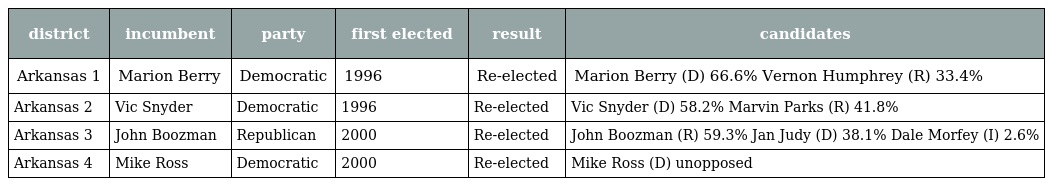
| district | incumbent | party | first elected | result | candidates |
 | --- | --- | --- | --- | --- | --- |
 | Arkansas 1 | Marion Berry | Democratic | 1996 | Re-elected | Marion Berry (D) 66.6% Vernon Humphrey (R) 33.4% |
 | Arkansas 2 | Vic Snyder | Democratic | 1996 | Re-elected | Vic Snyder (D) 58.2% Marvin Parks (R) 41.8% |
 | Arkansas 3 | John Boozman | Republican | 2000 | Re-elected | John Boozman (R) 59.3% Jan Judy (D) 38.1% Dale Morfey (I) 2.6% |
 | Arkansas 4 | Mike Ross | Democratic | 2000 | Re-elected | Mike Ross (D) unopposed |